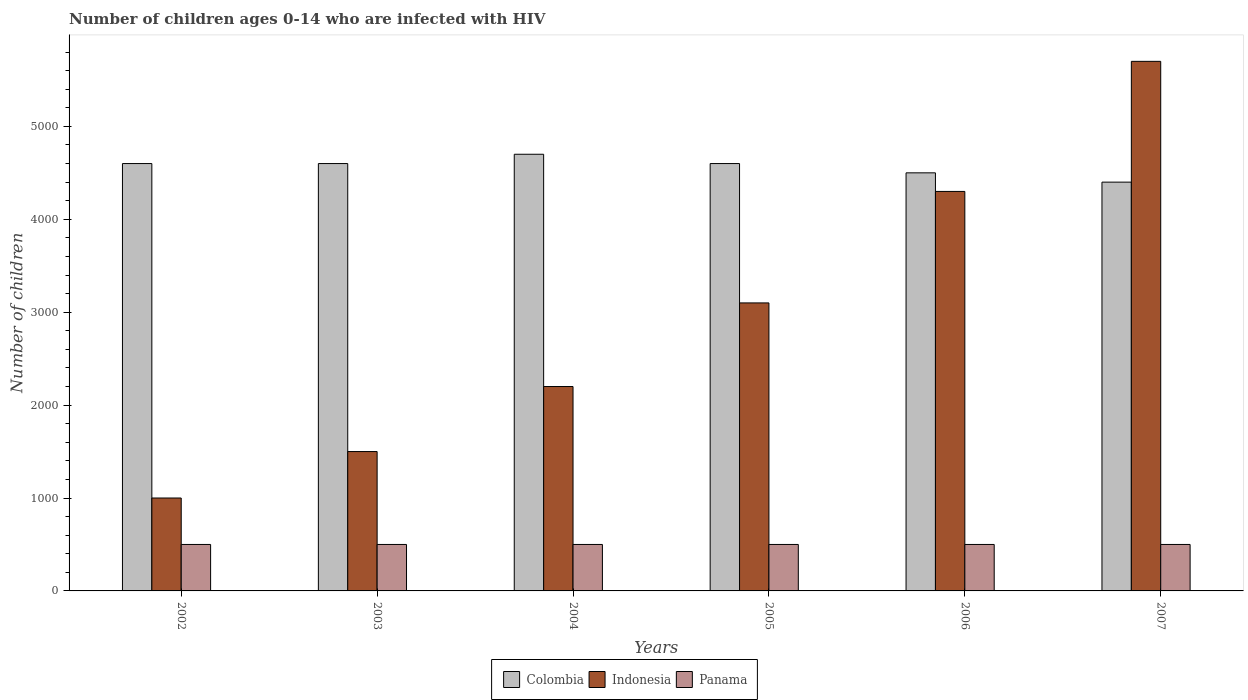
| Years | Colombia | Indonesia | Panama |
 | --- | --- | --- | --- |
 | 2002 | 4.6e+03 | 1e+03 | 500 |
 | 2003 | 4.6e+03 | 1.5e+03 | 500 |
 | 2004 | 4.7e+03 | 2.2e+03 | 500 |
 | 2005 | 4.6e+03 | 3.1e+03 | 500 |
 | 2006 | 4.5e+03 | 4.3e+03 | 500 |
 | 2007 | 4.4e+03 | 5.7e+03 | 500 |